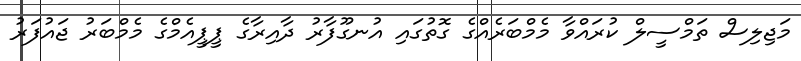
މަޖިލިސް ތަމްސީލް ކުރައްވާ މެމްބަރެއްގެ ގޮތުގައި އުނގޫފާރު ދާއިރާގެ ޕީޕީއެމްގެ މެމްބަރު ޖައުފަރު